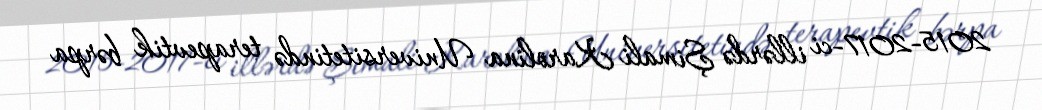
2015-2017-ci illərdə Şimali Karolina Universitetində terapevtik bərpa